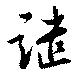
譴